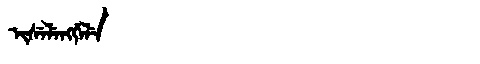
Manchu: ᡳᠰᡝᠯᡝᠩᡤᡝᠯᡝ
Romanization: ISELENGGELE